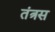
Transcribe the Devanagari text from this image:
तंत्रस